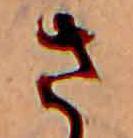
さ